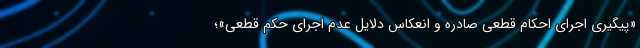
«پیگیری اجرای احکام قطعی صادره و انعکاس دلایل عدم اجرای حکم قطعی»؛